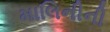
માલિનીની